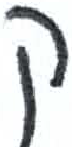
אות: ק